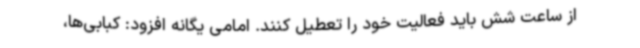
از ساعت شش باید فعالیت خود را تعطیل کنند. امامی یگانه افزود: کبابی‌ها،